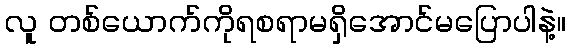
လူ တစ်ယောက်ကိုရစရာမရှိအောင်မပြောပါနဲ့။